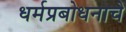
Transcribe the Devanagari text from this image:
धर्मप्रबोधनाचे